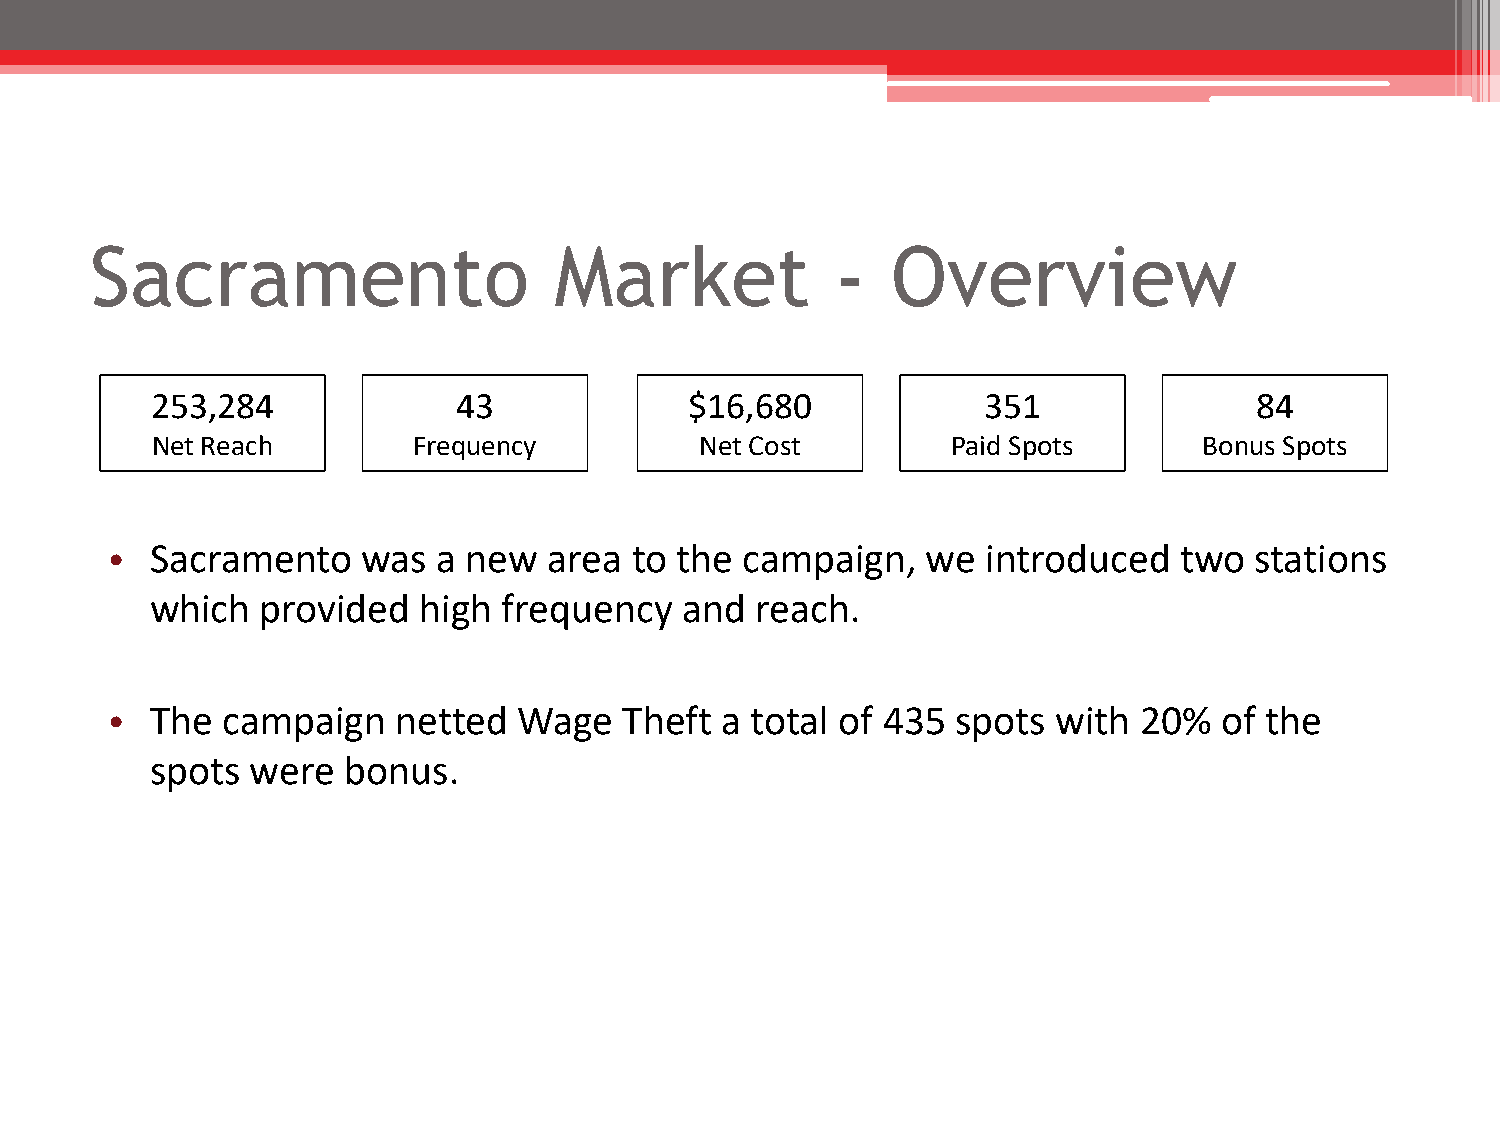
Sacramento                     Market            -   Overview
 253,284             43              $16,680            351               84
 Net Reach        Frequency          Net Cost         Paid Spots       Bonus Spots
 •  Sacramento    was  a new  area  to the campaign,   we  introduced   two  stations
 which  provided   high frequency   and  reach.
 •  The  campaign   netted  Wage   Theft  a total of 435 spots  with 20%   of the
 spots  were  bonus.